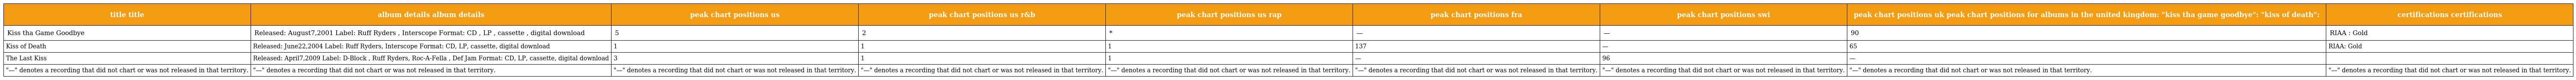
| title title | album details album details | peak chart positions us | peak chart positions us r&b | peak chart positions us rap | peak chart positions fra | peak chart positions swi | peak chart positions uk peak chart positions for albums in the united kingdom: "kiss tha game goodbye": "kiss of death": | certifications certifications |
 | --- | --- | --- | --- | --- | --- | --- | --- | --- |
 | Kiss tha Game Goodbye | Released: August7,2001 Label: Ruff Ryders , Interscope Format: CD , LP , cassette , digital download | 5 | 2 | * | — | — | 90 | RIAA : Gold |
 | Kiss of Death | Released: June22,2004 Label: Ruff Ryders, Interscope Format: CD, LP, cassette, digital download | 1 | 1 | 1 | 137 | — | 65 | RIAA: Gold |
 | The Last Kiss | Released: April7,2009 Label: D-Block , Ruff Ryders, Roc-A-Fella , Def Jam Format: CD, LP, cassette, digital download | 3 | 1 | 1 | — | 96 | — |  |
 | "—" denotes a recording that did not chart or was not released in that territory. | "—" denotes a recording that did not chart or was not released in that territory. | "—" denotes a recording that did not chart or was not released in that territory. | "—" denotes a recording that did not chart or was not released in that territory. | "—" denotes a recording that did not chart or was not released in that territory. | "—" denotes a recording that did not chart or was not released in that territory. | "—" denotes a recording that did not chart or was not released in that territory. | "—" denotes a recording that did not chart or was not released in that territory. | "—" denotes a recording that did not chart or was not released in that territory. |